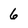
Character: 6